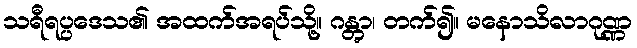
သရီရပ္ပဒေသ၏ အထက်အရပ်သို့။ ဂန္တွာ၊ တက်၍။ မနောသိလာဂုဏ္ဏ